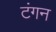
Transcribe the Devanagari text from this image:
टंगन